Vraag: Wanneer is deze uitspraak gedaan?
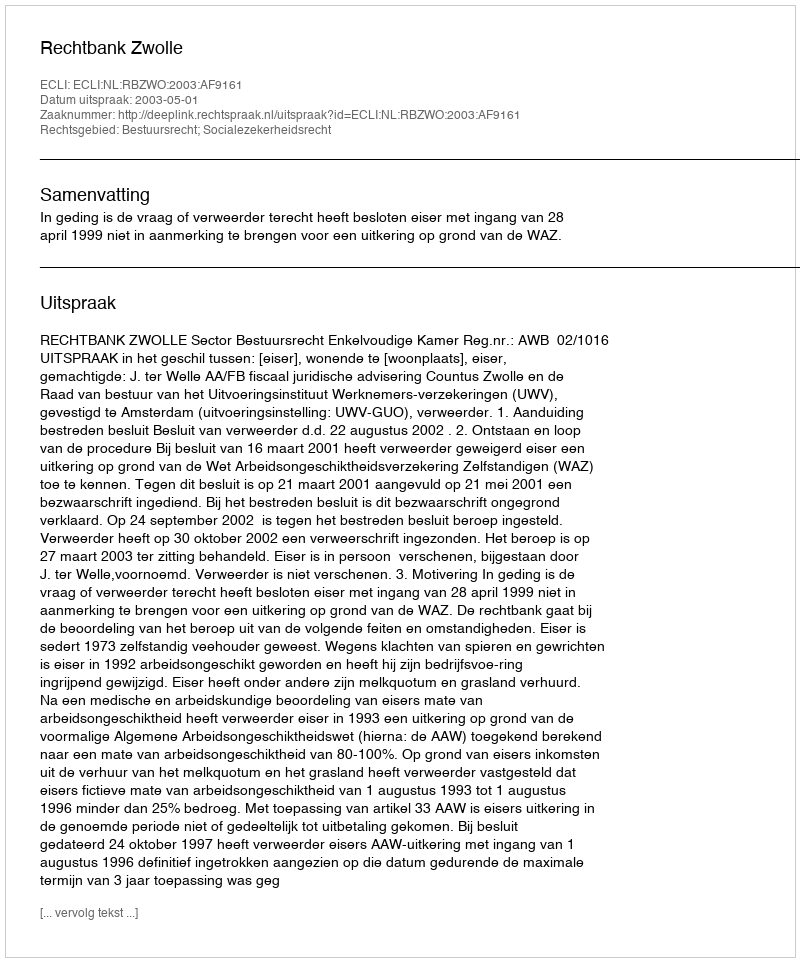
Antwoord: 2003-05-01